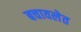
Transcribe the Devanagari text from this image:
बचावलेत